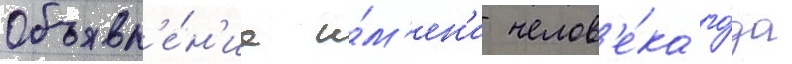
Объявл'е́н'ие и́м'ен'и челов'е́ка го́да